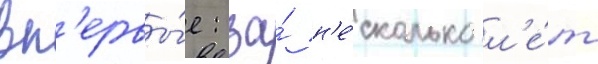
вп'ервы́е: за́ н'е́сколько л'е́т